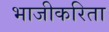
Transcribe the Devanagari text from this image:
भाजीकरिता